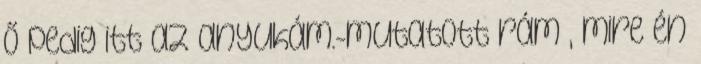
ő pedig itt az anyukám.-mutatott rám , mire én